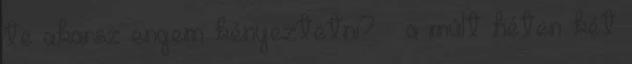
te akarsz engem kényeztetni? – a múlt héten két